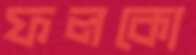
ফলকো